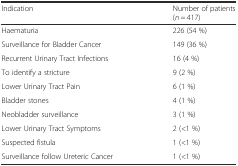
<table><thead><tr><td><b>Indication</b></td><td><b>Number of patients (<i>n</i> = 417)</b></td></tr></thead><tbody><tr><td>Haematuria</td><td>226 (54 %)</td></tr><tr><td>Surveillance for Bladder Cancer</td><td>149 (36 %)</td></tr><tr><td>Recurrent Urinary Tract Infections</td><td>16 (4 %)</td></tr><tr><td>To identify a stricture</td><td>9 (2 %)</td></tr><tr><td>Lower Urinary Tract Pain</td><td>6 (1 %)</td></tr><tr><td>Bladder stones</td><td>4 (1 %)</td></tr><tr><td>Neobladder surveillance</td><td>3 (1 %)</td></tr><tr><td>Lower Urinary Tract Symptoms</td><td>2 (&lt;1 %)</td></tr><tr><td>Suspected fistula</td><td>1 (&lt;1 %)</td></tr><tr><td>Surveillance follow Ureteric Cancer</td><td>1 (&lt;1 %)</td></tr></tbody></table>